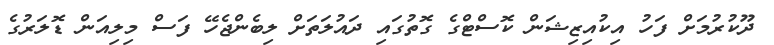
ދޫކުރުމަށް ފަހު އިކުއިޒިޝަން ކޮސްޓްގެ ގޮތުގައި ދައުލަތަށް ލިބެންޖެހޭ ފަސް މިލިއަން ޑޮލަރުގެ